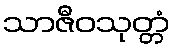
သာဇီဝသုတ္တံ